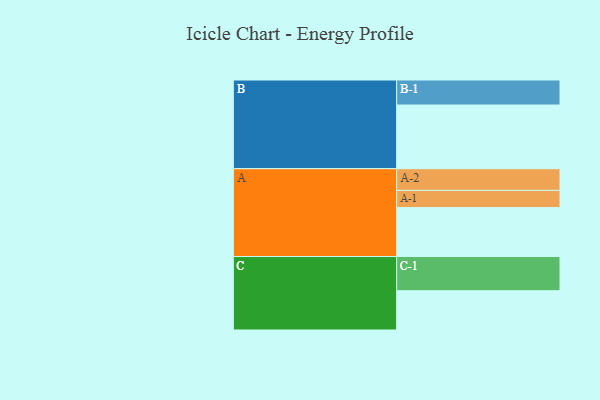
{"axis": {"x": "Segment", "y": "Value"}, "legend": ["", "A", "B", "C"], "data": [{"x": "A", "y": 395, "type": ""}, {"x": "B", "y": 514, "type": ""}, {"x": "C", "y": 317, "type": ""}, {"x": "A-1", "y": 139, "type": "A"}, {"x": "A-2", "y": 175, "type": "A"}, {"x": "B-1", "y": 202, "type": "B"}, {"x": "C-1", "y": 276, "type": "C"}]}